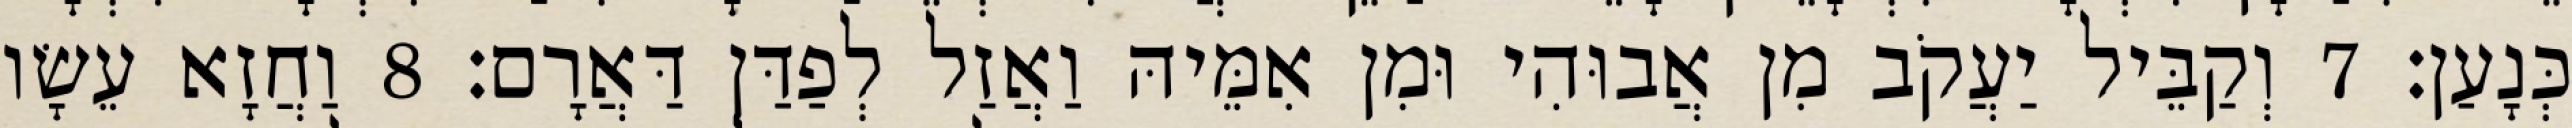
כְּנָעַן׃ 7 וְקַבֵּיל יַעֲקֹב מִן אֲבוּהִי וּמִן אִמֵּיהּ וַאֲזַל לְפַדַּן דַּאֲרָם׃ 8 וַחֲזָא עֵשָׂו